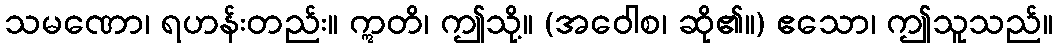
သမဏော၊ ရဟန်းတည်း။ ဣတိ၊ ဤသို့။ (အဝေါစ၊ ဆို၏။) ဧသော၊ ဤသူသည်။